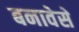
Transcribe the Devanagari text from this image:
बनावेसे